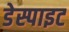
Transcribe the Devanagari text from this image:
डेस्पाइट